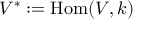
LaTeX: V ^ { * } : = \operatorname { H o m } ( V , k )